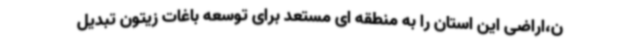
ن،اراضی این استان را به منطقه ای مستعد برای توسعه باغات زیتون تبدیل